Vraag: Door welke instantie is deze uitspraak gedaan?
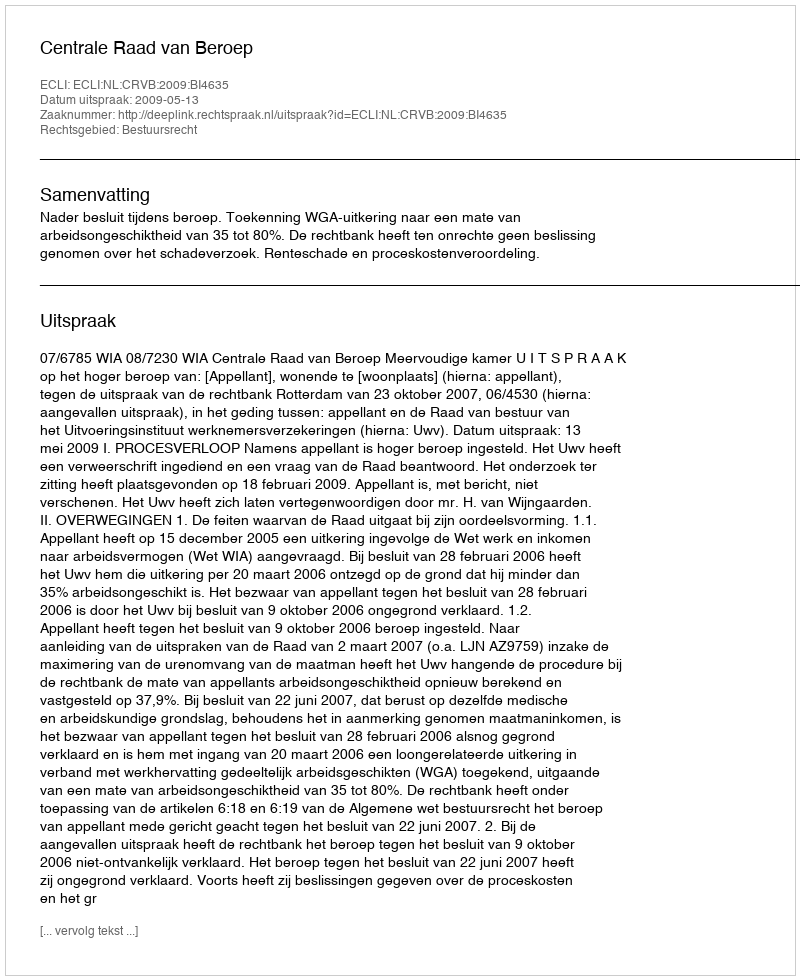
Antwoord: Centrale Raad van Beroep